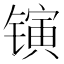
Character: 𬭰